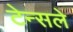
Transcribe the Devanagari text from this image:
टेन्सले